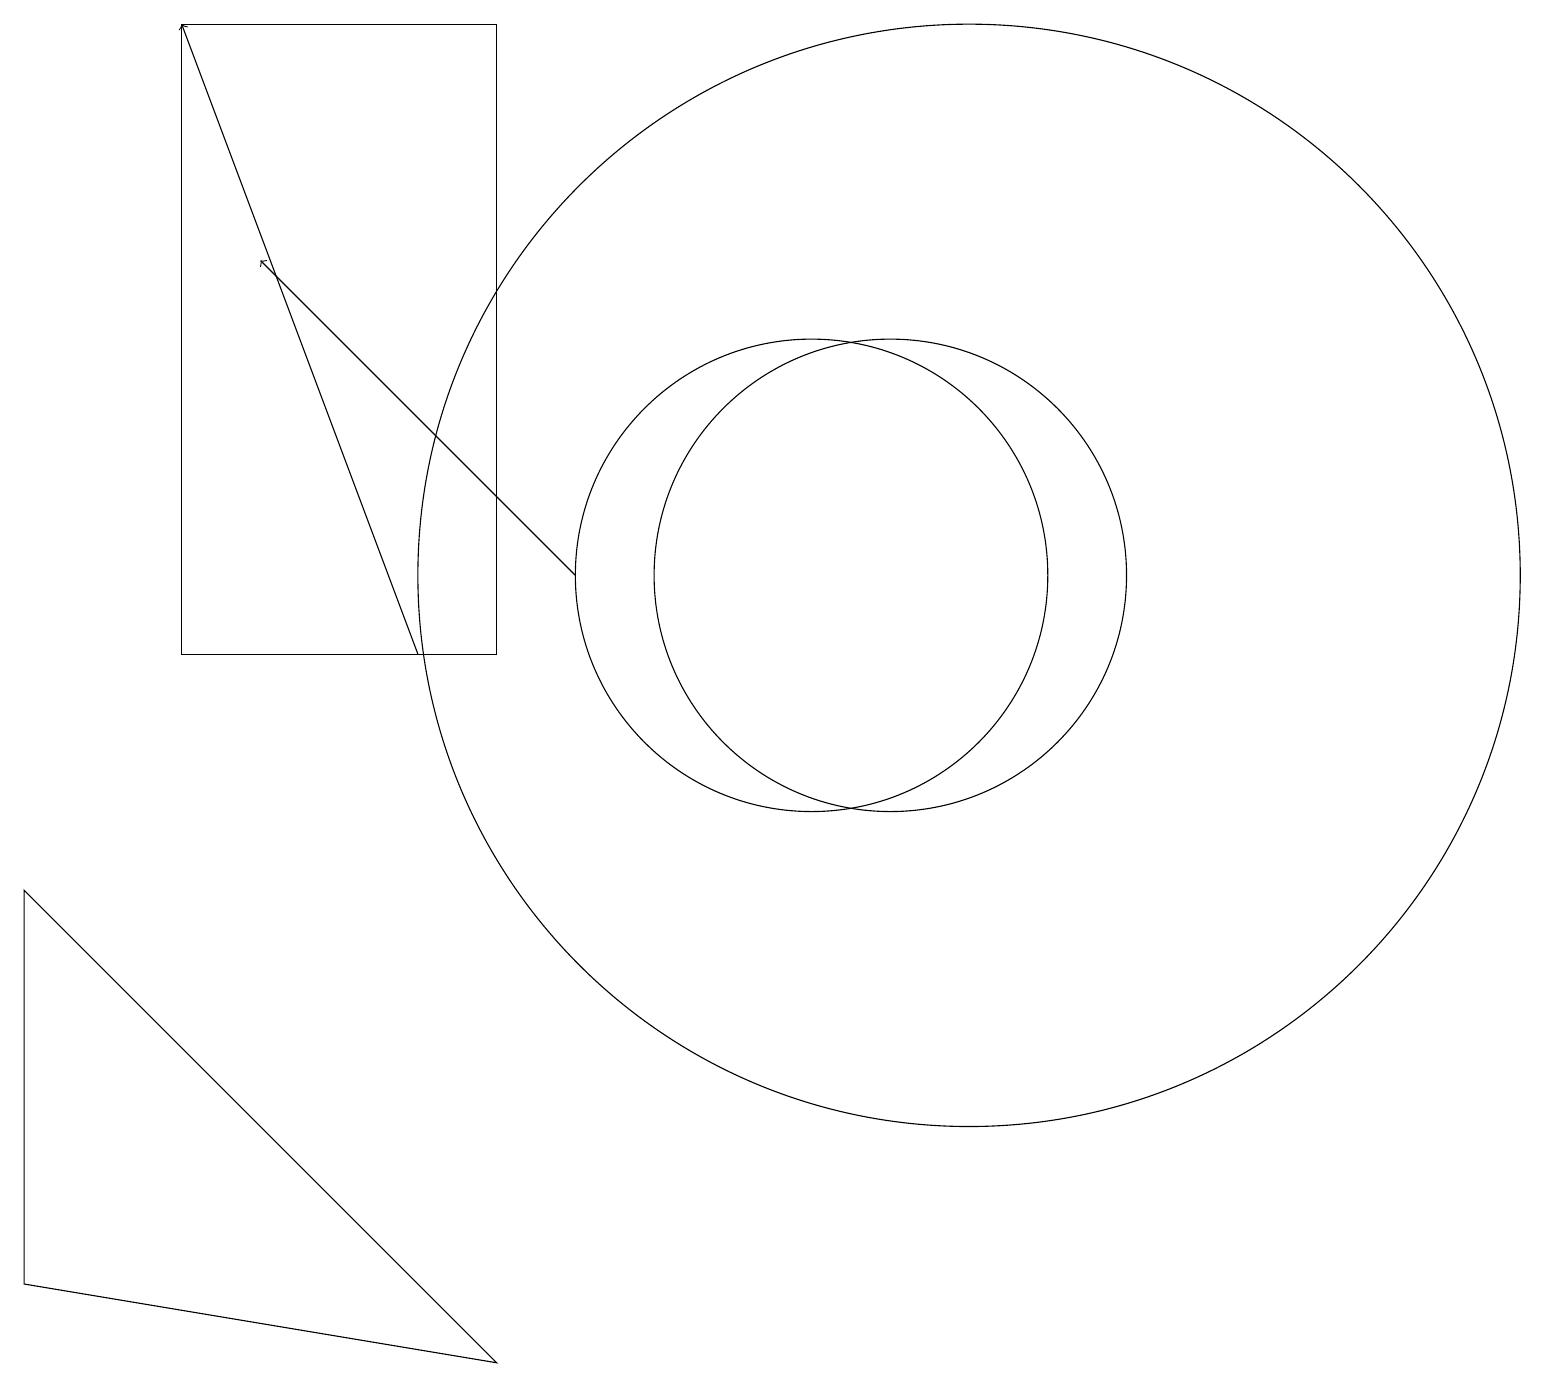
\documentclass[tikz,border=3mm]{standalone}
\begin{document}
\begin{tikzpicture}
\draw (2,10) rectangle (6,18);
\draw[->] (7,11) -- (3,15);
\draw (11,11) circle (3);
\draw[->] (5,10) -- (2,18);
\draw (0,2) -- (6,1) -- (0,7) -- cycle;
\draw (10,11) circle (3);
\draw (12,11) circle (7);
\draw (10,10) circle (0);
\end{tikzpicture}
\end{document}